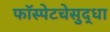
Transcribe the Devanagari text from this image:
फॉस्पेटचेसुद्धा